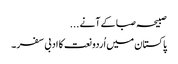
صبیحہ صبا کے آنے ...
پاکستان میں اُردو نعت کا ادبی سفر ۔